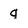
Character: q